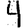
Digit: 4